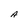
Character: A